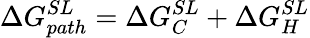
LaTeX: \Delta G_{path}^{SL}=\Delta G_{C}^{SL}+\Delta G_{H}^{SL}